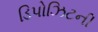
ડિપોઝિટની